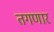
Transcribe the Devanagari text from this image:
तगणार